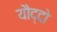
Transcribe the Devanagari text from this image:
यौद्दो